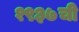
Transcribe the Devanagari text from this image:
१९३७ची